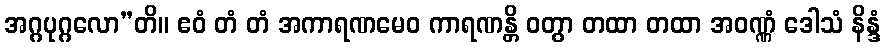
အဂ္ဂပုဂ္ဂလော”တိ။ ဧဝံ တံ တံ အကာရဏမေဝ ကာရဏန္တိ ဝတွာ တထာ တထာ အဝဏ္ဏံ ဒေါသံ နိန္ဒံ